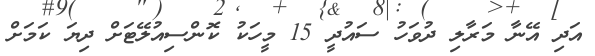
އަދި އޭނާ މަރާލި ދުވަހު ސައުދީ 15 މީހަކު ކޮންސިއުލޭޓަށް ދިޔަ ކަމަށް